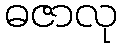
ဓဇာလု